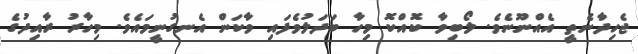
ޖެހިދާނެތީ އެއްނޫނެވެ. ލޯބިވާ ކޮއްކޮ މިހާ ބަދަލުވެފައި ވާކަން އެނގުނީމައެވެ. މިހާރު ރާއިދުގެ